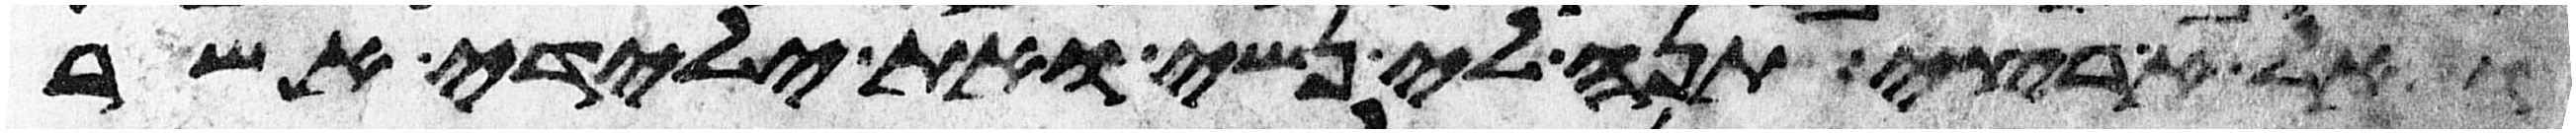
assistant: ואל ארצי תנה את נשי ואת ילדי אשר